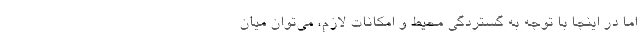
اما در اینجا با توجه به گستردگی محیط و امکانات لازم، می‌توان میان